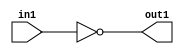
`timescale 1ps / 1ps
/*****************************************************************************
    Verilog RTL Description
    
    
    Created by: Stratus DpOpt 21.05.01 
*******************************************************************************/

module dut_Not_1U_1U_4 (
	in1,
	out1
	); /* architecture "behavioural" */ 
input  in1;
output  out1;
wire  asc001;

assign asc001 = 
	((~in1));

assign out1 = asc001;
endmodule

/* CADENCE  urT1Sgs= : u9/ySxbfrwZIxEzHVQQV8Q== ** DO NOT EDIT THIS LINE ******/